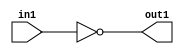
`timescale 1ps / 1ps
/*****************************************************************************
    Verilog RTL Description
    
    
    Created by: Stratus DpOpt 21.05.01 
*******************************************************************************/

module dut_Not_1U_1U_4 (
	in1,
	out1
	); /* architecture "behavioural" */ 
input  in1;
output  out1;
wire  asc001;

assign asc001 = 
	((~in1));

assign out1 = asc001;
endmodule

/* CADENCE  urT1Sgs= : u9/ySxbfrwZIxEzHVQQV8Q== ** DO NOT EDIT THIS LINE ******/